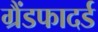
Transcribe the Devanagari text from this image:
ग्रैंडफादर्ड